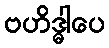
ဗဟိဒ္ဓါပေ